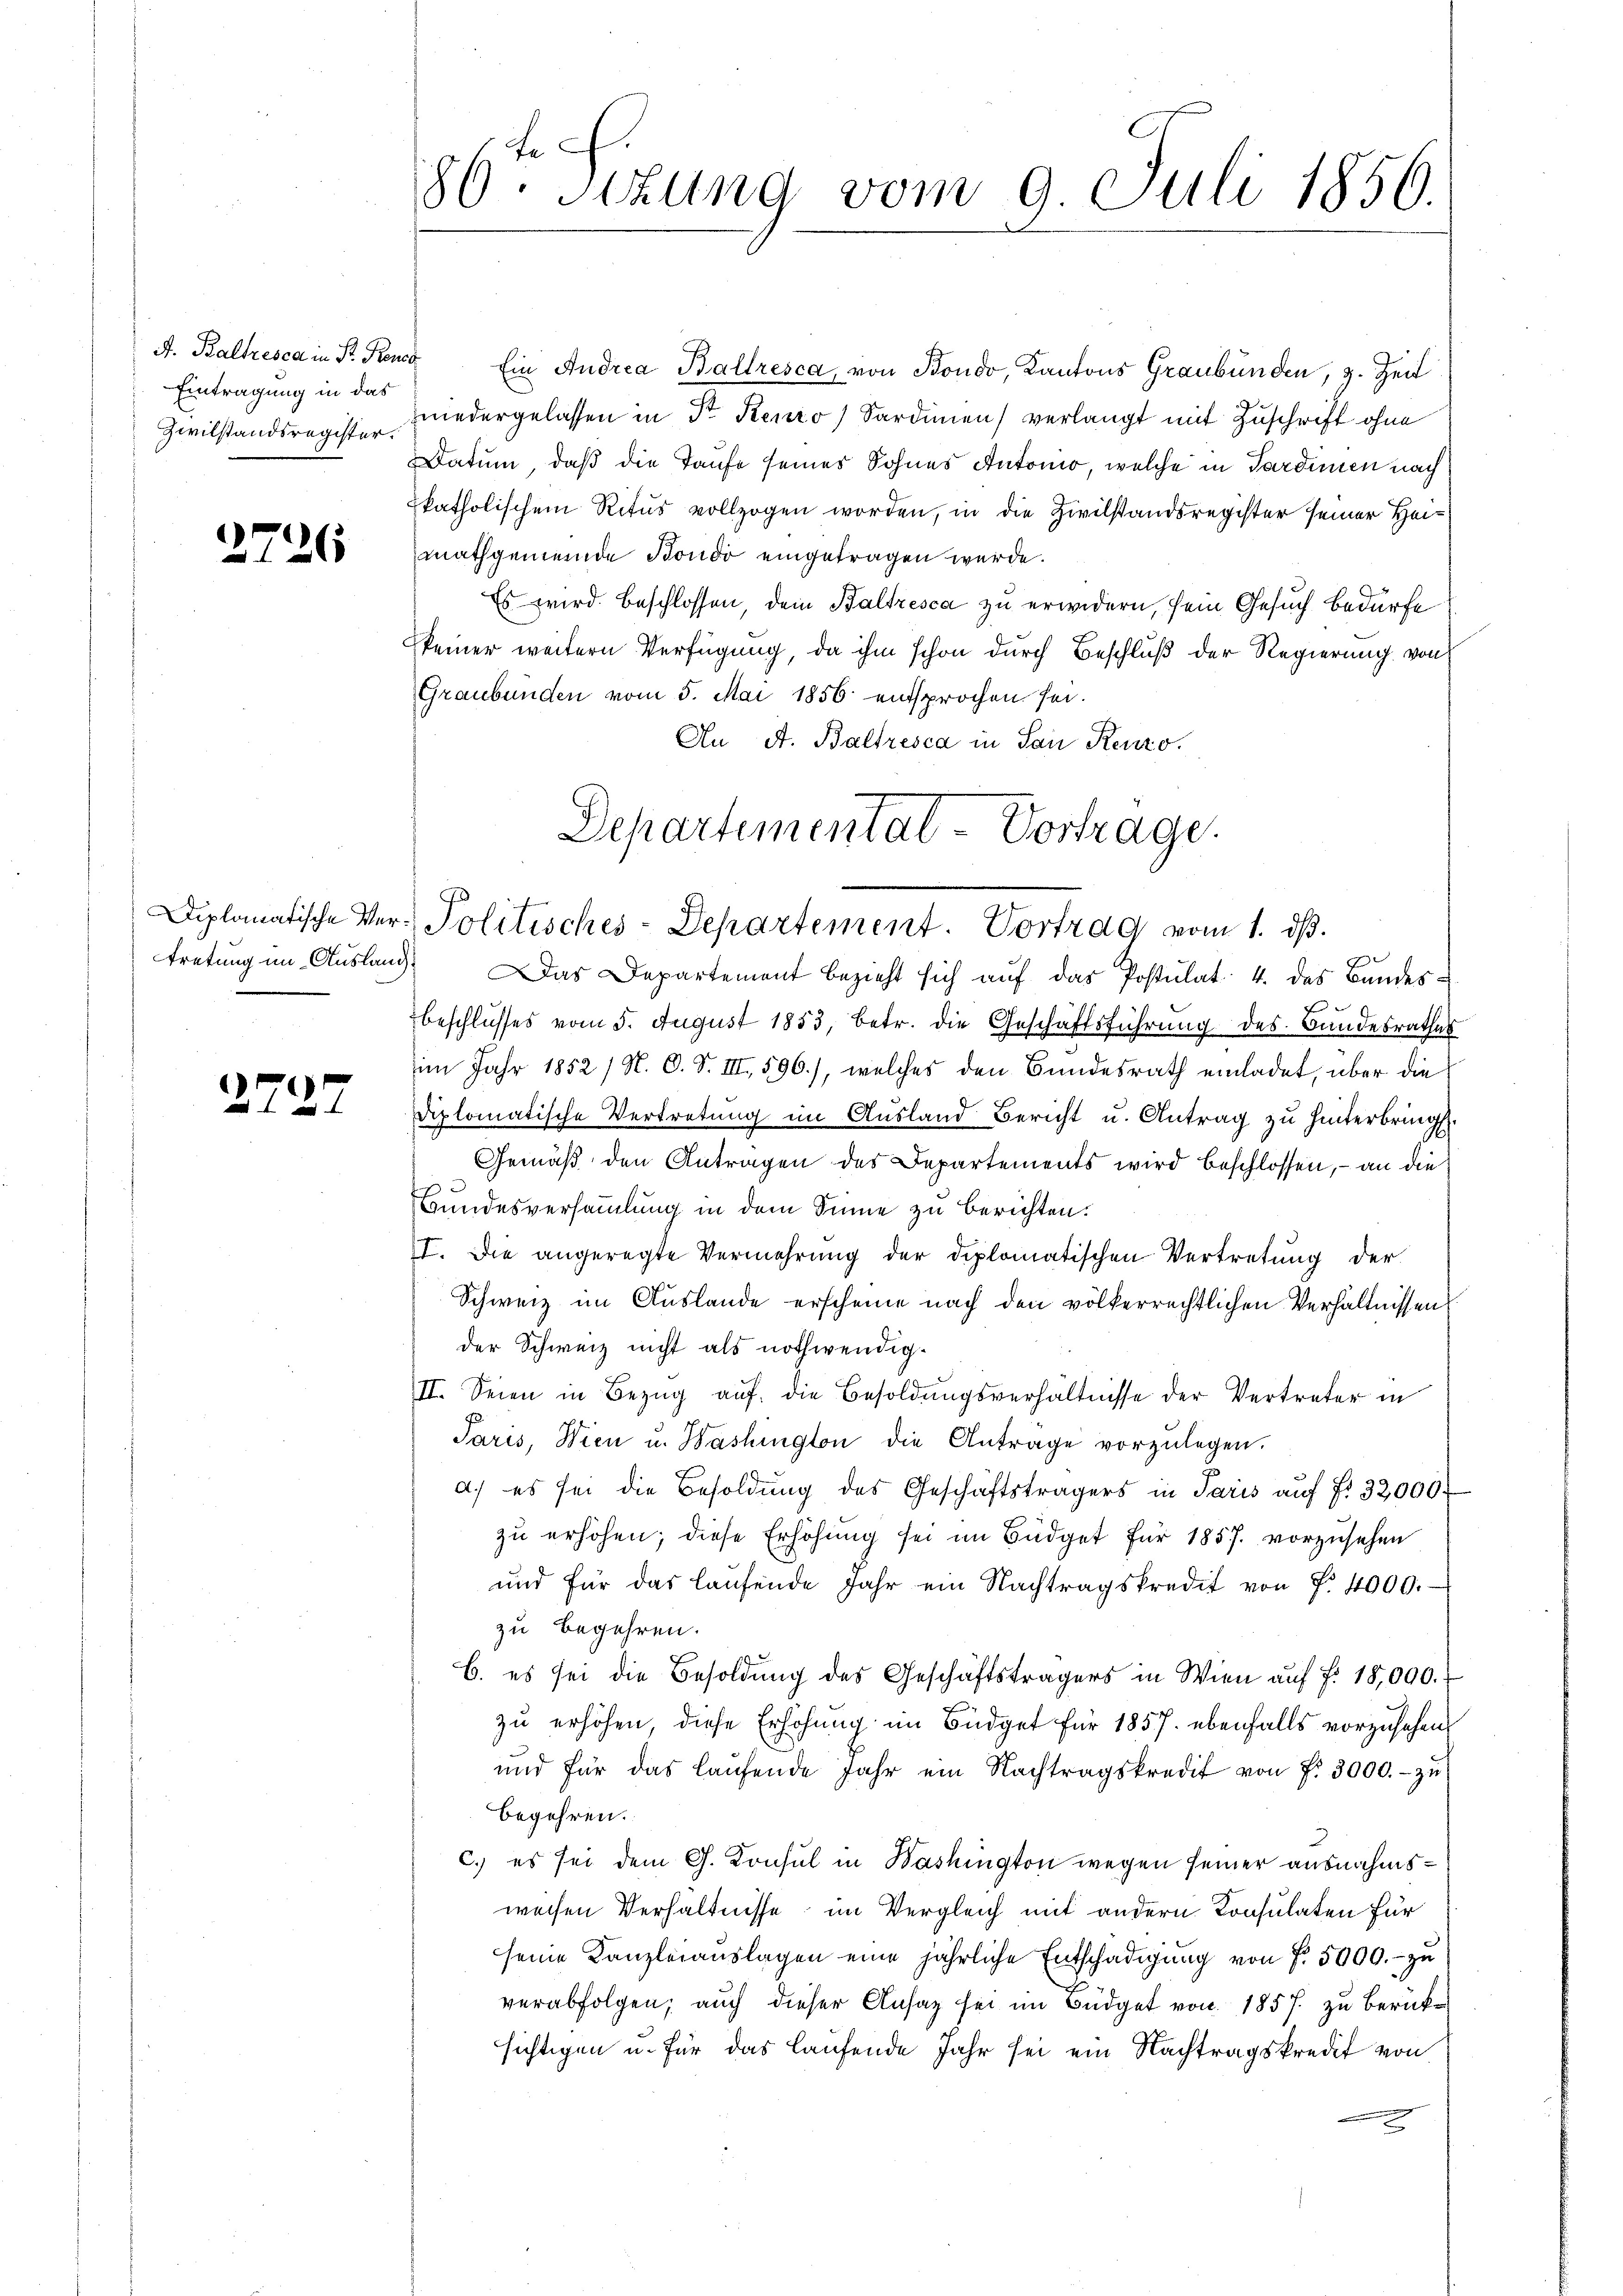
Eintragung in das
Zivilstandsregister.

2726

2727

80. Sekung vom 9. Juli 1856.

A. Baltzesca in Sr. Krene Ein Andrea Baltresca, von Bondo, Kantons Graubünden, z. Zeit
niedergelassen in Sr. Kenzo) Sardinen) verlangt mit Zuschrift ohne
Datum, daß die Taufe seines Sohnes Antonio, welche in Sardinien nach
pkatholischem Ritus vollzogen worden, in die Zivilstandsregister seiner Heimathgemeinde Bondo eingetragen werde.
Es wird beschlossen, dem Baltzesca zu erwidern, sein Gesuch bedürfe
keiner weitern Verfügung, da ihm schon durch Beschluß der Regierung von
Graubünden vom 5. Mai 1856 entsprochen sei.
Au A. Baltresca in San Renzo.
Departemental-Vortrage

Diplomatische Ver- Politisches-Departement. Vortrag vom 1. ds.

tretung im Ausland. Das Departement bezieht sich auf das Postulat 4. des Bandes¬
.
Zbeschlusses vom 5. August 1853, betr. die Geschäftsführung des Bandesrathes
im Jahr 1852 / N. O. S. III, 596.), welches den Bundesrath einladet, über die
diplomatische Vertretung im Ausland Bericht u. Antrag zu hinterbringt.
Gemäß den Antragen des Departements wird beschlossen, – an die
Bundesversammlung in dem Sinne zu berichten.
I. Die angeregte Vermehrung der diplomatischen Vertretung der
Schweiz im Auslande erscheine nach den völkerrechtlichen Verhältnissen
der Schweiz nicht als nothwendig.
II. Seien in Bezŭg aŭf die Besoldungsverhältnisse der Vertreter in
Paris, Wien u. Washington die Antrage vorzŭlegen.
a) es sei die Besoldung des Geschäftsträgers in Paris aŭf f. 32000
zŭ erhöhen; diese Erhöhung sei im Büdget für 1857. vorzusehen
und für das laufende Jahr ein Nachtragskredit von P. 4000.
zu begehren.
B. es sei die Besoldung des Geschäftsträgers in Wien auf f. 18,000.
zu erhöhen, diese Erhöhung im Büdget für 1857. ebenfalls vorzusehen
und für das laŭfende Jahr ein Nachtragskredit von f. 3000.- zŭ
begehren.
c.) es sei dem C. Konsul in Washington wegen seiner ausnahmsweisen Verhältnisse im Vergleich mit andern Konsulaten für
seine Kanzleiauslagen eine jährliche Entschädigung von f. 5000.- zu
verabfolgen, auch dieser Ansaz sei im Büdget von 1857. zu berücksichtigen u. für das laufende Jahr sei ein Nachtragskredit von